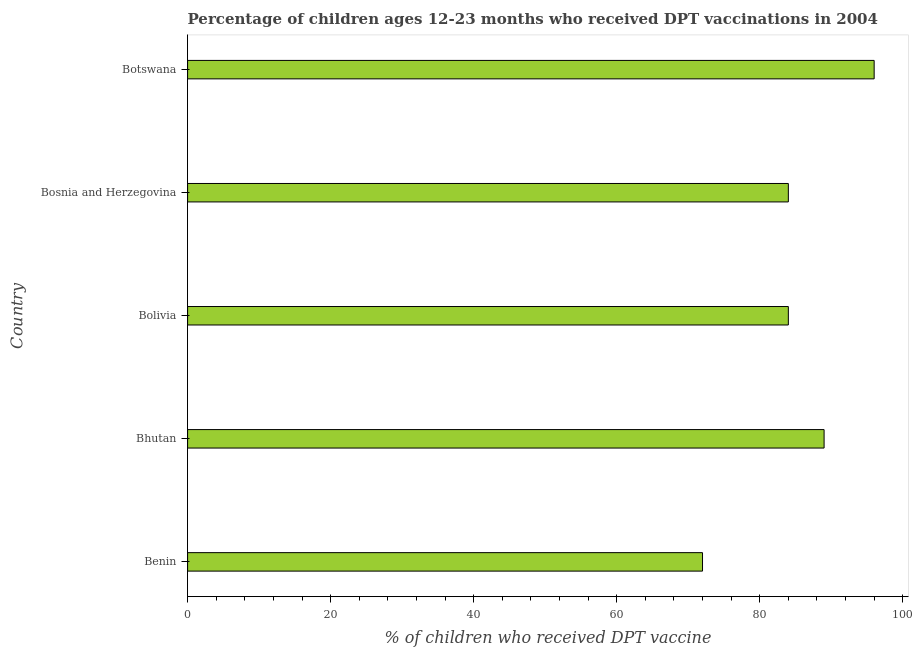
| Country | Immunization |
 | --- | --- |
 | Benin | 72 |
 | Bhutan | 89 |
 | Bolivia | 84 |
 | Bosnia and Herzegovina | 84 |
 | Botswana | 96 |